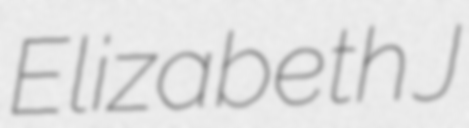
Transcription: Elizabeth J